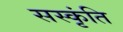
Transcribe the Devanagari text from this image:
सस्कृंति